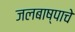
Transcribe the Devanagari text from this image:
जलबाष्पाचे